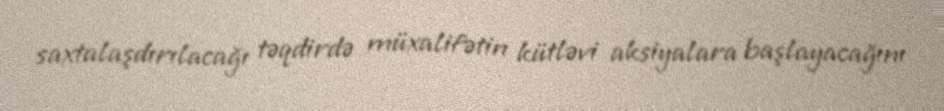
saxtalaşdırılacağı təqdirdə müxalifətin kütləvi aksiyalara başlayacağını